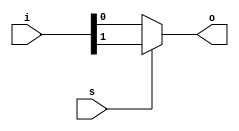
/**********************************
    2:1 Multiplexer - Behavioural
**********************************/

module mux_2_1_bh(o,i,s);
input [1:0]i;
input s;
output reg o;

always @(*) begin
    if(s)
        o=i[1];
    else 
        o=i[0];
end
    
endmodule